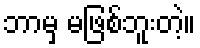
ဘာမှ မဖြစ်ဘူးတဲ့။